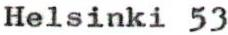
Helsinki 53